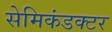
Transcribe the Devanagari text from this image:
सेमिकंडक्‍टर